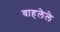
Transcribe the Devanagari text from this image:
वाहलेले